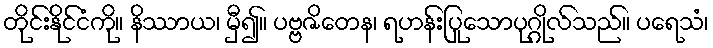
တိုင်းနိုင်ငံကို။ နိဿာယ၊ မှီ၍။ ပဗ္ဗဇိတေန၊ ရဟန်းပြုသောပုဂ္ဂိုလ်သည်။ ပရေသံ၊